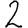
Digit: 2